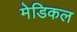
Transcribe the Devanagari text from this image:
मेडिकल